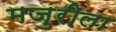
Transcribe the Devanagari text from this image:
मजुरीला